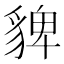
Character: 貏